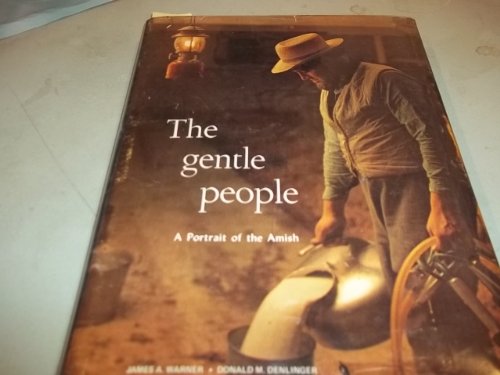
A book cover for The Gentle People: A Portrait of the Amish; James A. Warner; Christian Books & Bibles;